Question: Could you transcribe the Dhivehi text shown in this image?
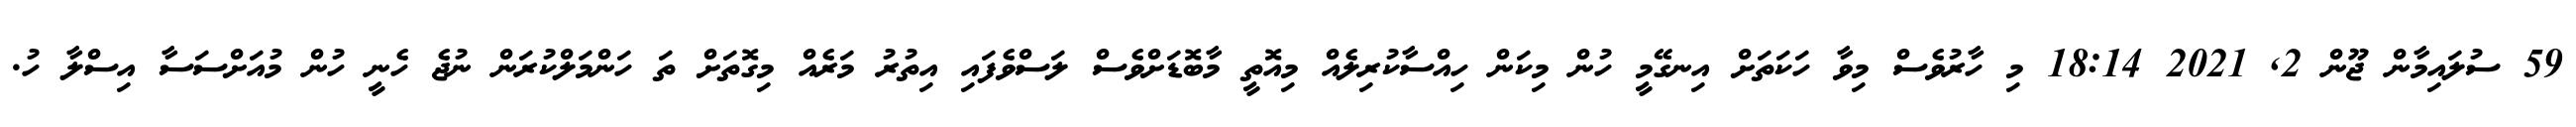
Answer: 59 ސުލައިމާން ޖޫން 2, 2021 18:14 މި ހާރުވެސް މިވާ ހަކަތަށް އިނގޭމީ ހުން މިކަން ހިއްސާކުރިލެއް މިއޮތީ މާބޮޑަށްވެސް ލަސްވެފައި އިތުރު މަރެއް މިގޮތަށް ތަ ހަންމަލްކުރަން ނުޖެ ހެނީ ހުން މުއަށްސަސާ އިސްލާ ހު.